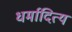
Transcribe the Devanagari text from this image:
धर्मादित्य